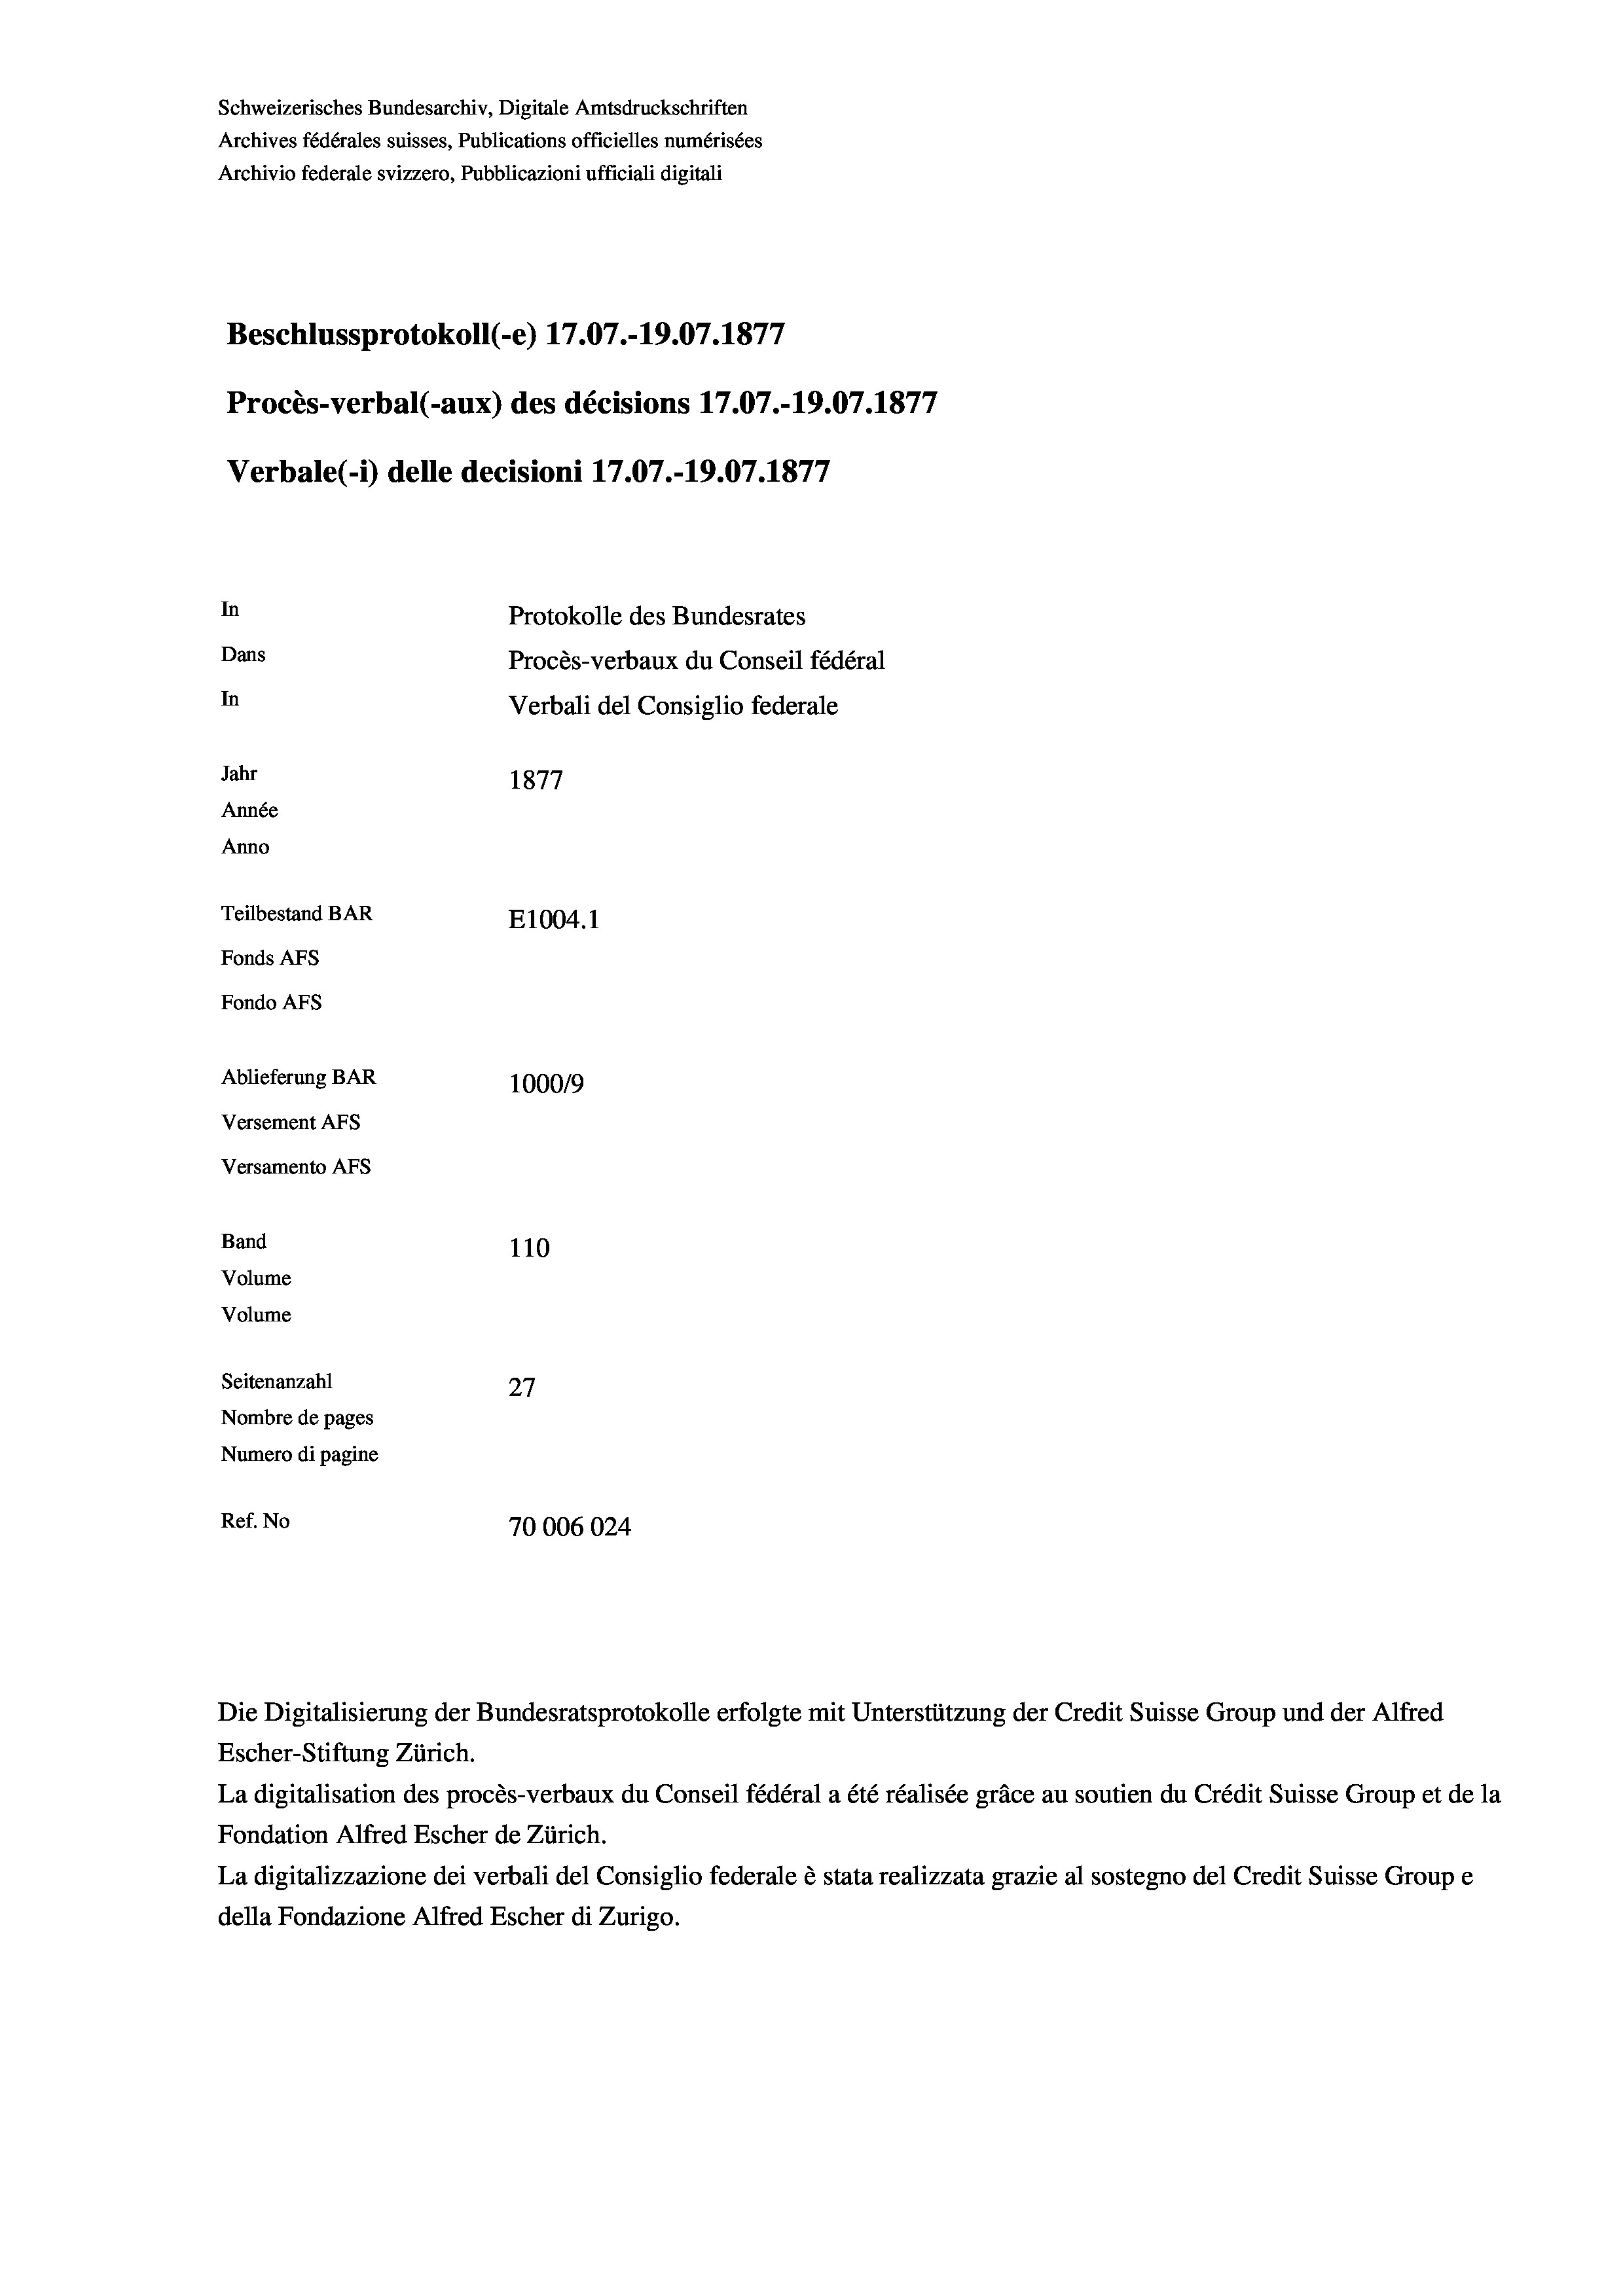
Schweizerisches Bundesarchiv, Digitale Amtsdruckschriften
Archives fédérales suisses, Publications officielles numérisées
Archivio federale svizzero, Pubblicazioni ufficiali digitali
7
Beschlussprotokoll (-e) 17.07.-19.07. 1877
Procès-verbal (-aux) des décisions 17.07.-19.07. 1877
Verbale(*) delle decisioni 17.07.-19.07. 1877
In
Protokolle des Bundesrates
Dans
Procès-verbaux du Conseil fédéral
In
Verbali del Consiglio federale
Jahr
1877
Année
Anno
Teilbestand BAR
E1004. 1
Fonds AFs
Fondo AFS
Ablieferung BAR
100019
Versement AFs
Versamento AFs
Band
110
Volume
Volume
Seitenanzahl
27
Nombre de pages
Numero di pagine
Ref. No
70006024

Escher-Stiftung Zürich.
La digitalisation des procès-verbaux du Conseil fédéral a été réalisée gräce au soutien du Crédit Suisse Group et de la
Fondation Alfred Escher de Zürich.
La digitalizzazione dei verbali del Consiglio federale è stata realizzata grazie al sostegno del Credit Suisse Groupe
della Fondazione Alfred Escher di Zurigo.

Die Digitalisierung der Bundesratsprotokolle erfolgte mit Unterstützung der Credit Suisse Group und der Alfred